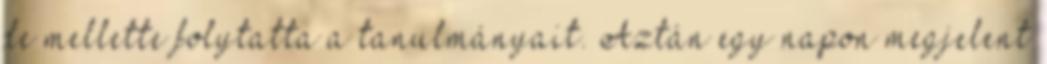
de mellette folytatta a tanulmányait. Aztán egy napon megjelent